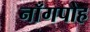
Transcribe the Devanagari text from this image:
नाँगपोह